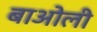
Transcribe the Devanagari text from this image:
बाओली